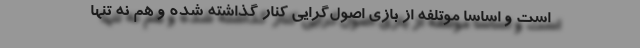
است و اساساً موتلفه از بازی اصول‌گرایی کنار گذاشته شده و هم نه تنها